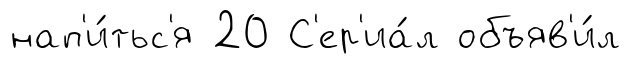
нап'и́тьс'я 20 С'ер'иа́л объяв'и́л